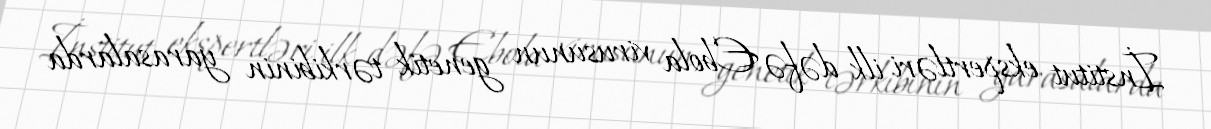
İnstitut ekspertləri ilk dəfə Ebola virusunun genetik tərkibinin yarasalarda